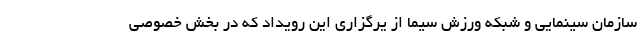
سازمان سینمایی و شبکه ورزش سیما از یرگزاری این رویداد که در بخش خصوصی